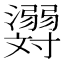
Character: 𬉪